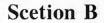
Scetion B